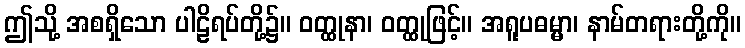
ဤသို့ အစရှိသော ပါဠိရပ်တို့၌။ ဝတ္ထုနာ၊ ဝတ္ထုဖြင့်။ အရူပဓမ္မာ၊ နာမ်တရားတို့ကို။